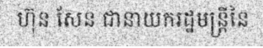
ហ៊ុន សែន ជានាយករដ្ឋមន្ត្រីនៃ